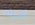
البريئة